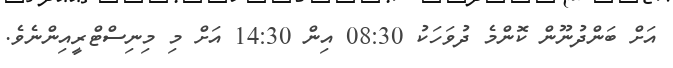
އަށް ބަންދުނޫން ކޮންމެ ދުވަހަކު 08:30 އިން 14:30 އަށް މި މިނިސްޓްރީއިންނެވެ.